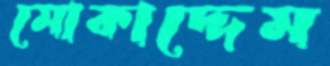
মোকাদ্দেম